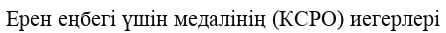
Ерен еңбегі үшін медалінің (КСРО) иегерлері